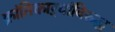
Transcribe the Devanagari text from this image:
क्रांतिकाऱ्यांविरुद्ध